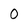
Character: 0